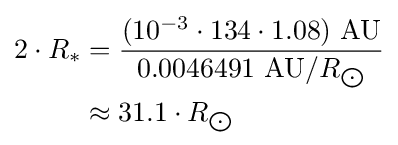
{\begin{aligned}2\cdot R_{*}&={\frac {(10^{-3}\cdot 134\cdot 1.08)\ {\text{AU}}}{0.0046491\ {\text{AU}}/R_{\bigodot }}}\\&\approx 31.1\cdot R_{\bigodot }\end{aligned}}